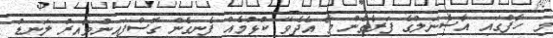
މި ހާފްގައި އާސެނަލްގެ ފަރާތުން މާ އެދެވޭ ކުޅުމެއް ފެނިގެން ގޮސްފައިނުވާއިރު ލަނޑު